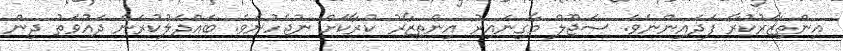
އިންތިޒާރުކުރާ ފަދައިންނެވެ. ސަޖޫލް މާގިނައިރު އިންތިޒާރު ކުރާކަށް ނުޖެހުނެވެ. ބައްދަލުކުރަން ދައުވަތު ދިން